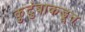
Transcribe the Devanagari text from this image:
कुटुंबाकडून